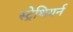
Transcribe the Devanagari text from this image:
स्ट्रेथियर्न